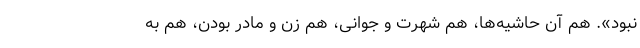
نبود». هم آن حاشیه‌ها، هم شهرت و جوانی، هم زن و مادر بودن، هم به